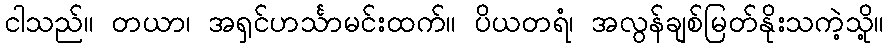
ငါသည်။ တယာ၊ အရှင်ဟင်္သာမင်းထက်။ ပိယတရံ၊ အလွန်ချစ်မြတ်နိုးသကဲ့သို့။